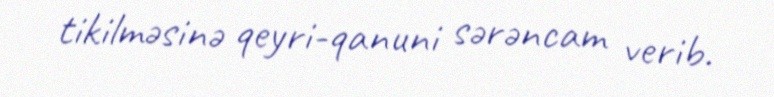
tikilməsinə qeyri-qanuni sərəncam verib.